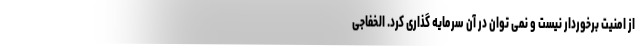
از امنیت برخوردار نیست و نمی توان در آن سرمایه گذاری کرد. الخفاجی